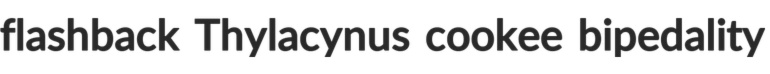
flashback Thylacynus cookee bipedality